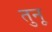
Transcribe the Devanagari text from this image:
तुनू